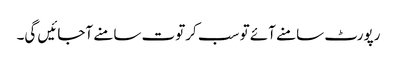
رپورٹ سامنے آئے تو سب کرتوت سامنے آجائیں گی۔